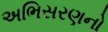
અભિસરણનો